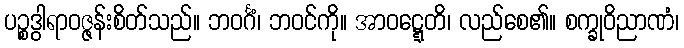
ပဉ္စဒွါရာဝဇ္ဇန်းစိတ်သည်။ ဘဝင်္ဂံ၊ ဘဝင်ကို။ အာဝဋ္ဋေတိ၊ လည်စေ၏။ စက္ခုဝိညာဏံ၊